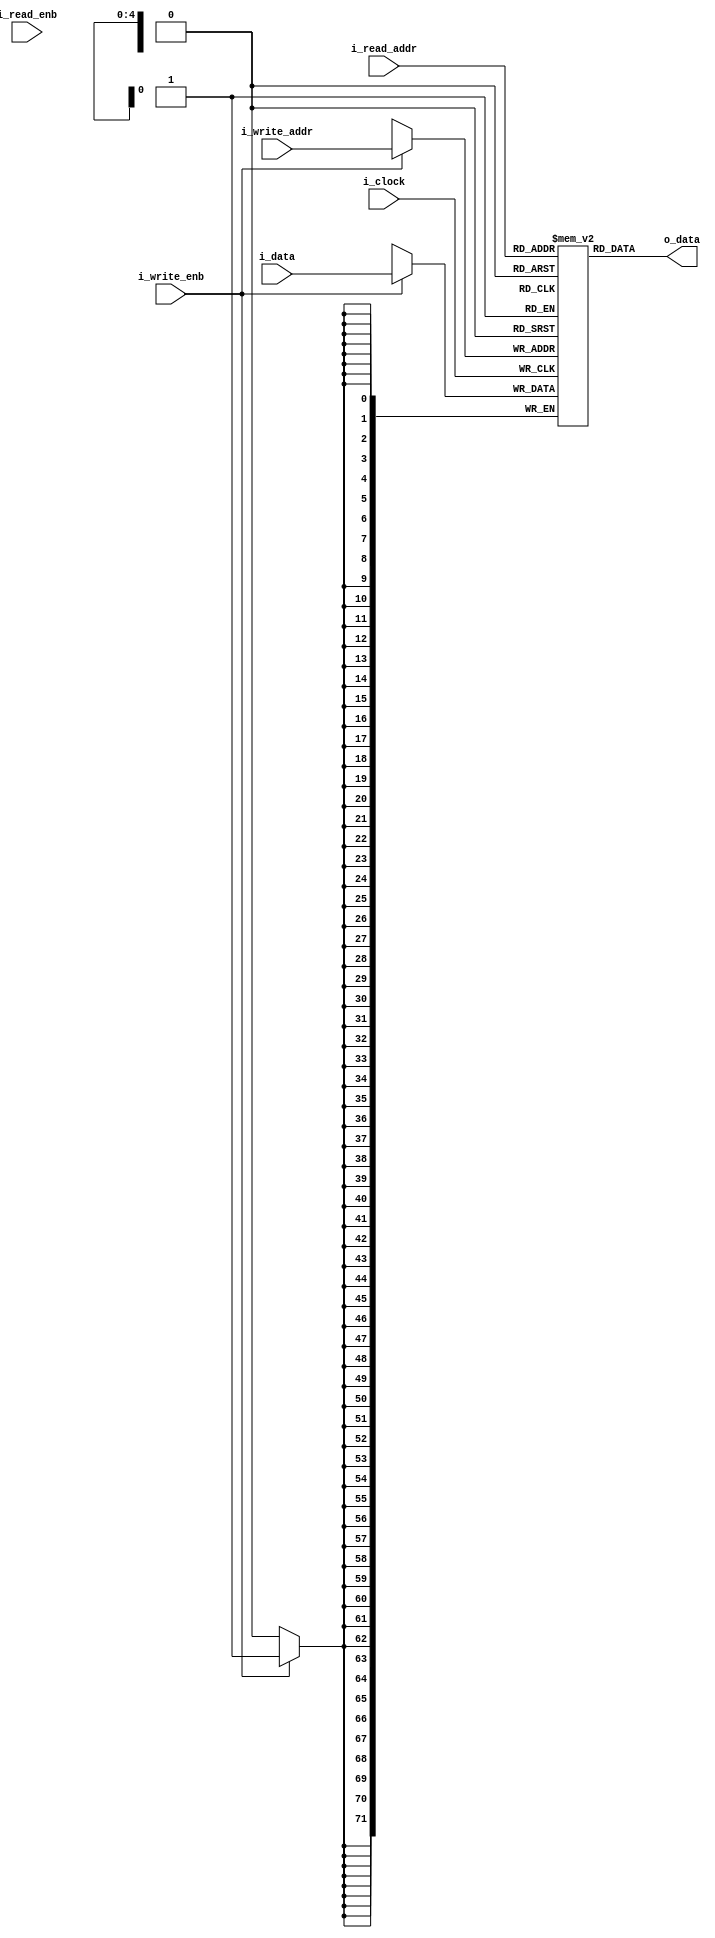



module fifo_memory
#(
	parameter NB_DATA = 72,
	parameter NB_ADDR = 5
 )
 (
 	input wire  				i_clock,
 	input wire  				i_write_enb,
 	input wire  				i_read_enb, // capas no lo necesito en este nivel
 	input wire  [NB_DATA-1 : 0] i_data,
 	input wire  [NB_ADDR-1 : 0] i_write_addr,
 	input wire  [NB_ADDR-1 : 0] i_read_addr,

 	output wire [NB_DATA-1 : 0] o_data
 );


//LOCALPARAMS

localparam DEPTH = 2**NB_ADDR;


//INTERNAL SIGNALS

reg [NB_DATA-1 : 0]    memory       [0 : DEPTH-2];
reg [NB_DATA-1 : 0]    output_data               ;
reg [NB_DATA-1 : 0]    out               		 ;


//write
always @ ( posedge i_clock )
begin
	if(i_write_enb)
		memory[i_write_addr] <= i_data;
end


//read

always @ (posedge i_clock)
begin
	if(i_read_enb)
		output_data <= memory[i_read_addr];
		
		out <= output_data; //registro auxiliar usado p mejorar el timing de la memoria,es eliminado en la sintesis pero
							//la herramienta interpreta que quiero una BRAM con la salida registrada y deja de dar advertencias
							//de timing en la sintesis
		
end


//PORTS
assign o_data = memory[i_read_addr];
//assign o_data = output_data;
endmodule